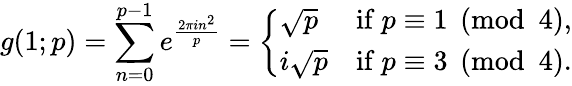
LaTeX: g(1;p)=\sum_{n=0}^{p-1}e^{\frac{2\pi in^{2}}{p}}={\left\{ \begin{array}{ll}{{\sqrt{p}}}&{{\mathrm{if}}\ p\equiv 1{\pmod{4}},}\\ {i{\sqrt{p}}}&{{\mathrm{if}}\ p\equiv 3{\pmod{4}}.}\end{array}\right.}